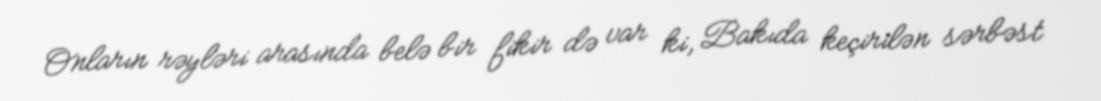
Onların rəyləri arasında belə bir fikir də var ki, Bakıda keçirilən sərbəst